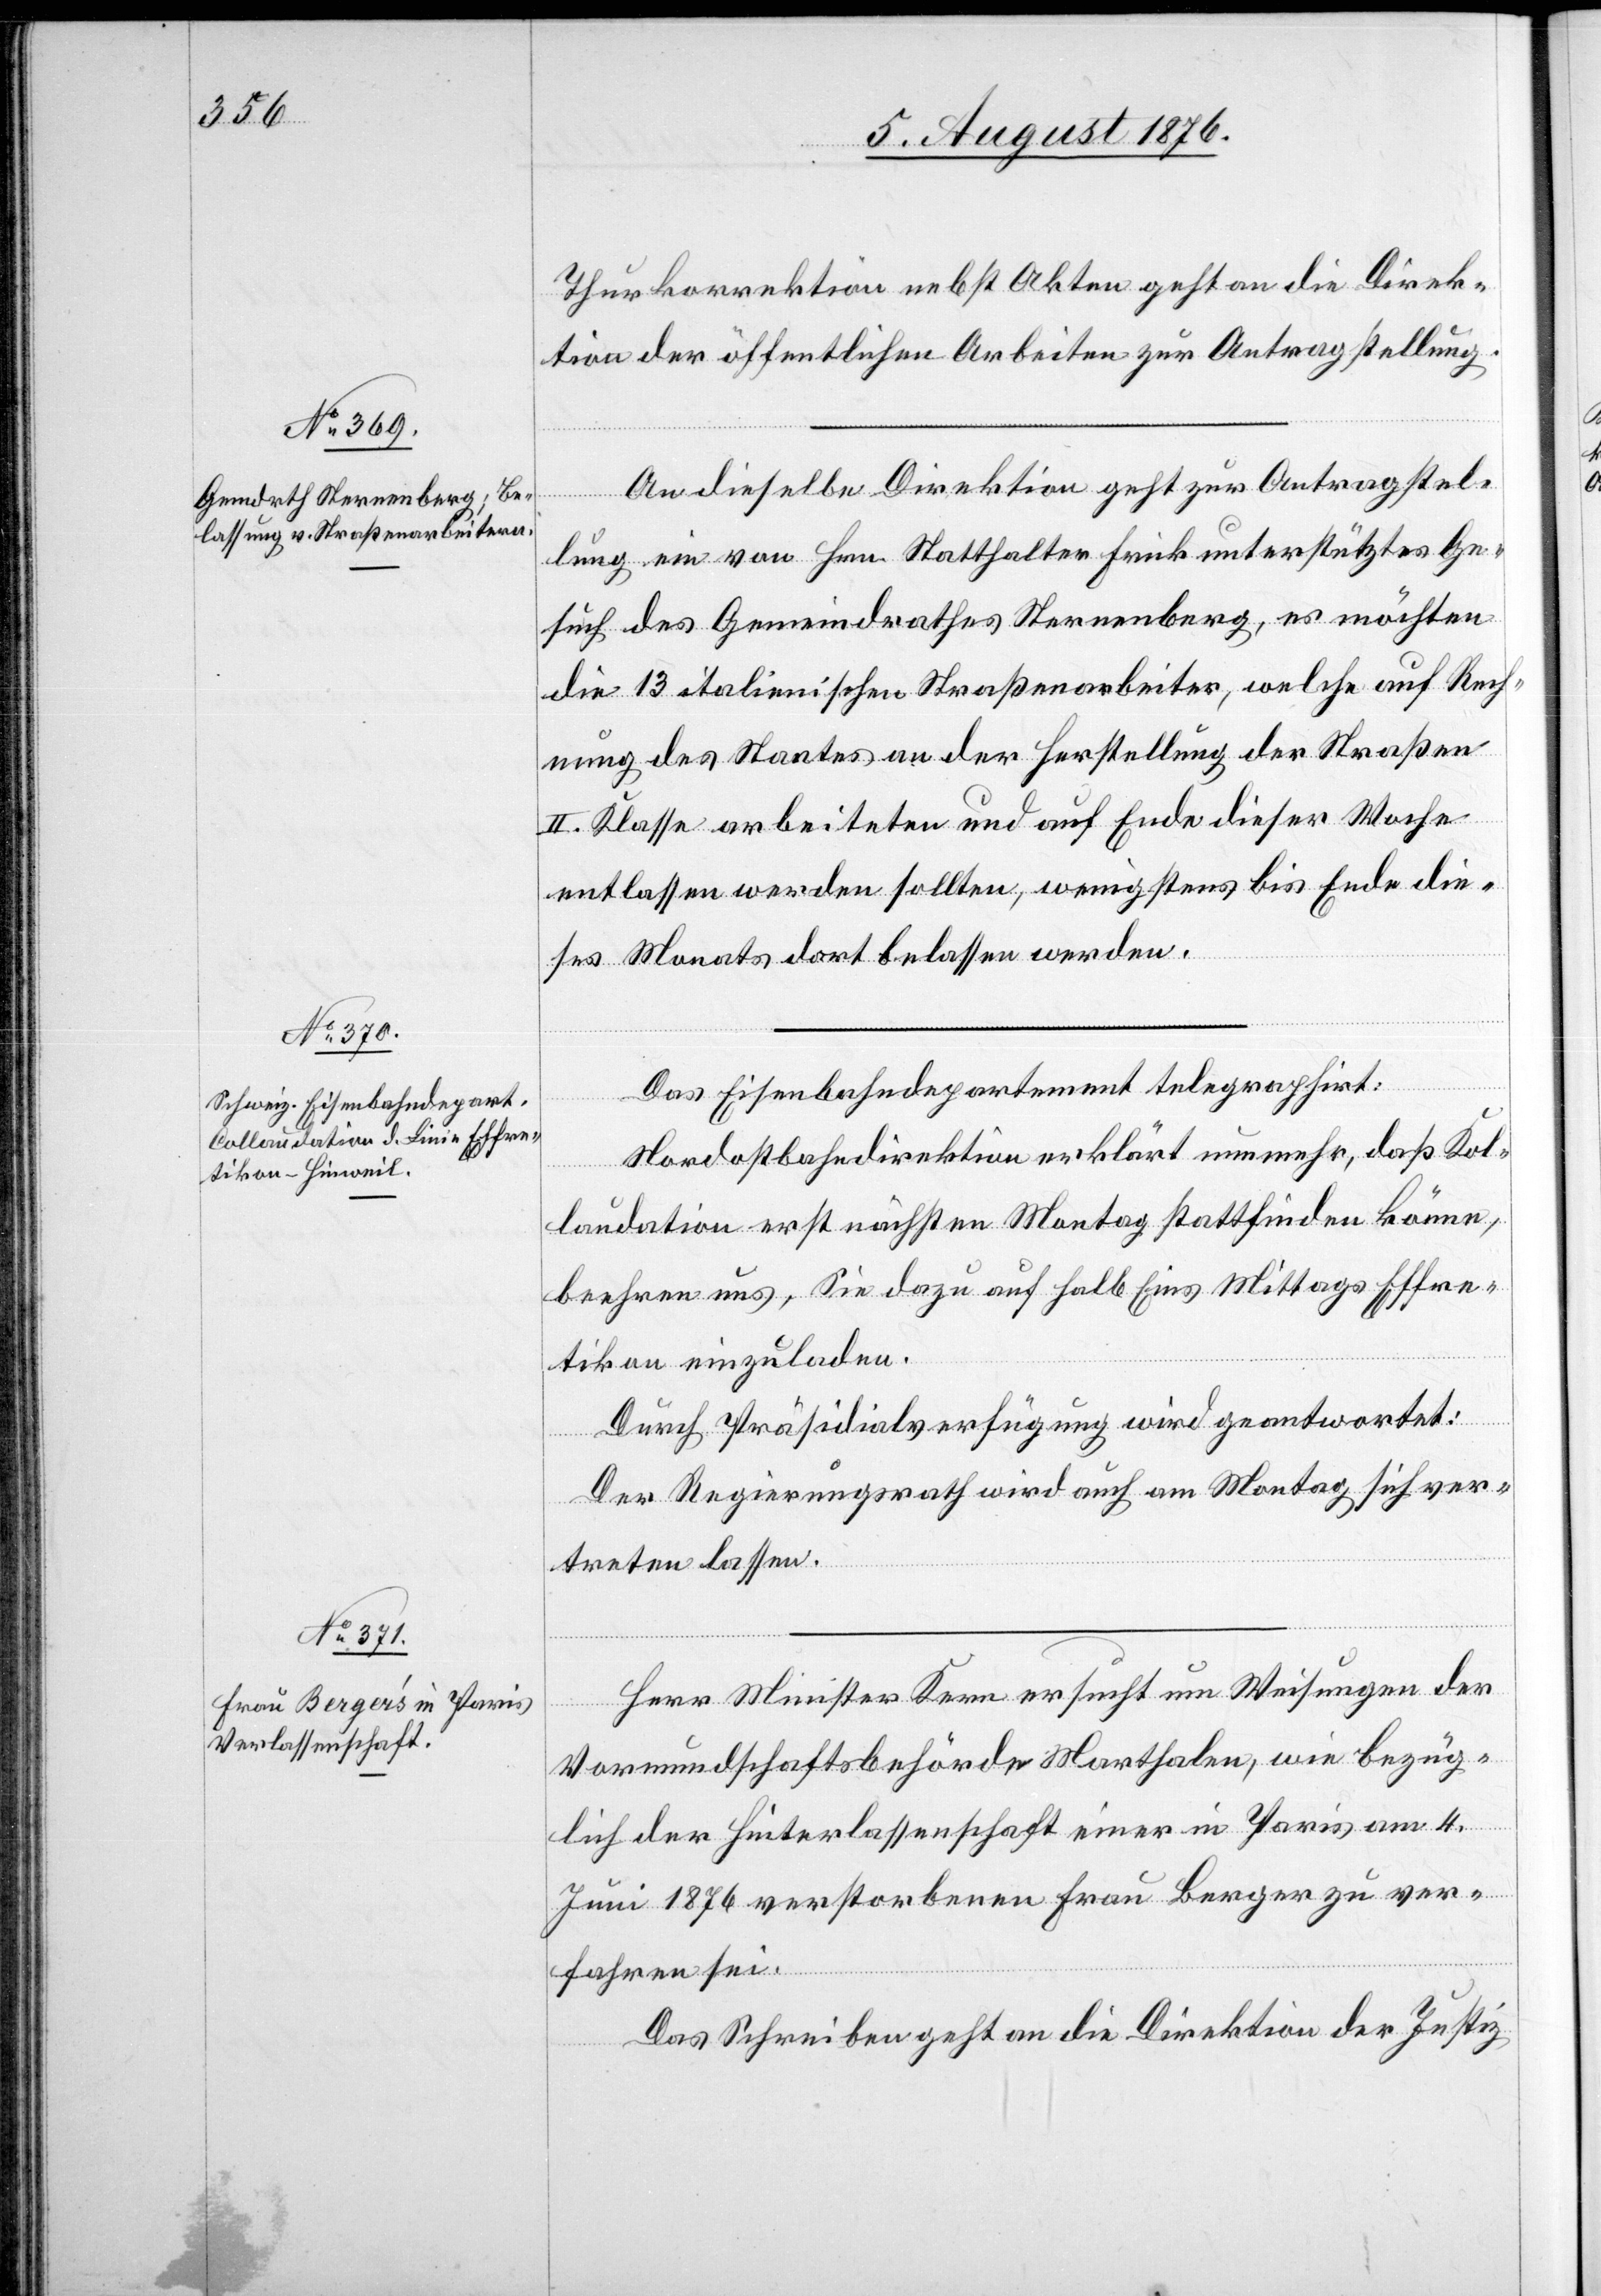
11. August 1876.]
Thurkorrektion nebst Akten geht an die Direk¬
tion der öffentlichen Arbeiten zur Antragstellung.
lung ein von Hrn. Statthalter Frick unterstütztes Ge¬
such des Gemeindrathes Sternenberg, es möchten
die 13 italienischen Straßenarbeiter, welche auf Rech¬
nung des Staates an der Herstellung der Straßen
II. Klasse arbeiteten und auf Ende dieser Woche
entlassen werden sollten, wenigstens bis Ende die¬
ses Monats dort belassen werden.
Das Eisenbahndepartement telegraphirt:
Nordostbahndirektion erklärt nunmehr, daß Kol¬
agstel¬
laudation erst nächsten Montag stattfinden könne,
beehren uns, Sie dazu auf halb Eins Mittags Effre¬
tikon einzuladen.
Durch Präsidialverfügung wird geantwortet:
Der Regierungsrath wird auch am Montag sich ver¬
treten lassen.
Herr Minister Kern ersucht um Weisungen der
Vormundschaftsbehörde Marthalen, wie bezüg¬
lich der Hinterlassenschaft einer in Paris am 4.
Juni 1876 verstorbenen Frau Berger zu ver¬
fahren sei.
Das Schreiben geht an die Direktion der Justiz